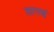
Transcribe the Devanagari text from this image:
लागणं